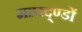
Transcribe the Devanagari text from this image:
मापद्ण्डों